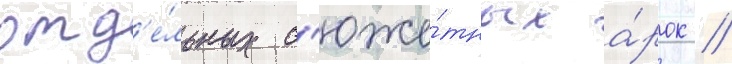
отд'е́льных с'юже́тных а́рок //